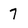
Character: 7